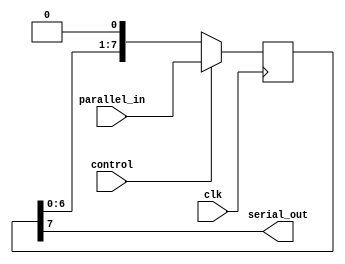
module parallel_in_serial_out_register (
    input wire clk,
    input wire control,
    input wire [7:0] parallel_in,
    output reg serial_out
);

reg [7:0] data_register;

always @(posedge clk) begin
    if (control) begin // parallel-in mode
        data_register <= parallel_in;
    end else begin // serial-out mode
        data_register <= {data_register[6:0], 1'b0}; // shift data to the right
    end
end

assign serial_out = data_register[7];

endmodule